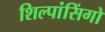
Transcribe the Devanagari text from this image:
शिल्पांसिंगो